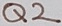
Text: Q2